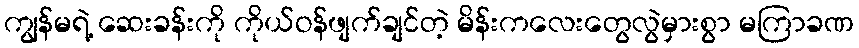
ကျွန်မရဲ့ ဆေးခန်းကို ကိုယ်ဝန်ဖျက်ချင်တဲ့ မိန်းကလေးတွေလွဲမှားစွာ မကြာခဏ